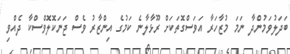
ބަދަލުވަމުންދާ ނަމަ މުޒާހަރާ އަވަސްގޮތަކަށް ރޫޅާލާނެ ކަމުގެ އިންޒާރު ވެސް ޖަނަކޮލޮވްސްކާ ދެއްވި